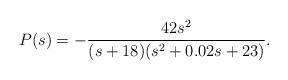
LaTeX: \begin{align*} P(s)=-\frac{42s^2}{(s+18)(s^2+0.02s+23)}.\end{align*}